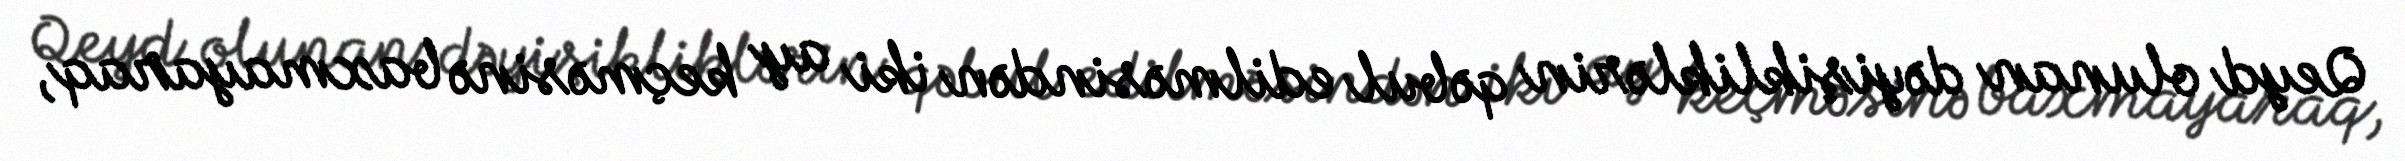
Qeyd olunan dəyişikliklərin qəbul edilməsindən iki ay keçməsinə baxmayaraq,